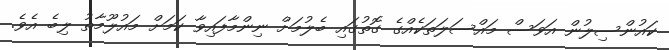
ކައުންސިލުން އަވަސް މައްސަލަތަކެއްގެ ގޮތުގައި ބެލުމަށް ނިންމާފައިވާ ކަމަށް މައުލޫމާތު ލިބެ އެވެ.